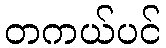
တကယ်ပင်